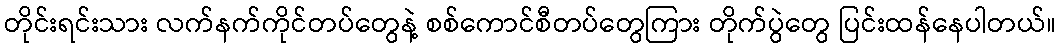
တိုင်းရင်းသား လက်နက်ကိုင်တပ်တွေနဲ့ စစ်ကောင်စီတပ်တွေကြား တိုက်ပွဲတွေ ပြင်းထန်နေပါတယ်။